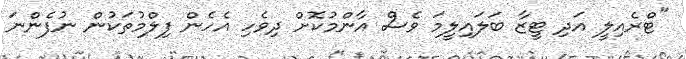
"ޓްރެއިލީ އަދި ޓީޒާ ބަލައިލީމަ ވެސް އާންމުކޮށް ދިވެހި އެހެން ފިލްމުތަކުން ނުފެންނަ